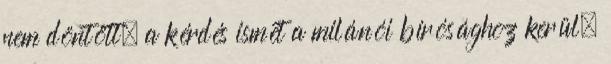
nem döntött, a kérdés ismét a milánói bírósághoz kerül.